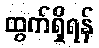
ထွက်ရှိရန်